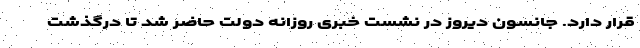
قرار دارد. جانسون دیروز در نشست خبری روزانه دولت حاضر شد تا درگذشت